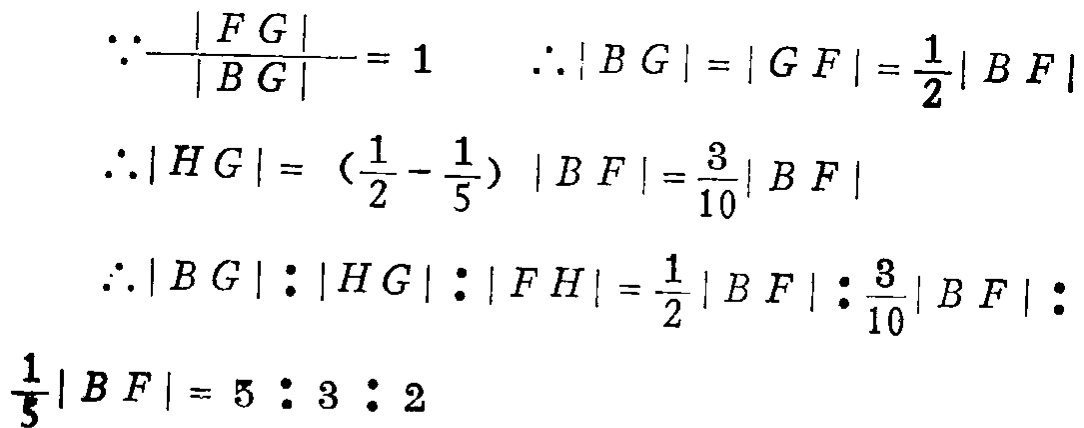
\[\begin{align*}
&\because\frac{|FG|}{|BG|} = 1\quad\therefore|BG|=|GF|=\frac{1}{2}|BF|\\
&\therefore|HG|=\left(\frac{1}{2}-\frac{1}{5}\right)|BF|=\frac{3}{10}|BF|\\
&\therefore|BG|:|HG|:|FH|=\frac{1}{2}|BF|:\frac{3}{10}|BF|:\\
&\frac{1}{5}|BF| = 5:3:2
\end{align*}\]